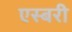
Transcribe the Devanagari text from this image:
एस्बरी